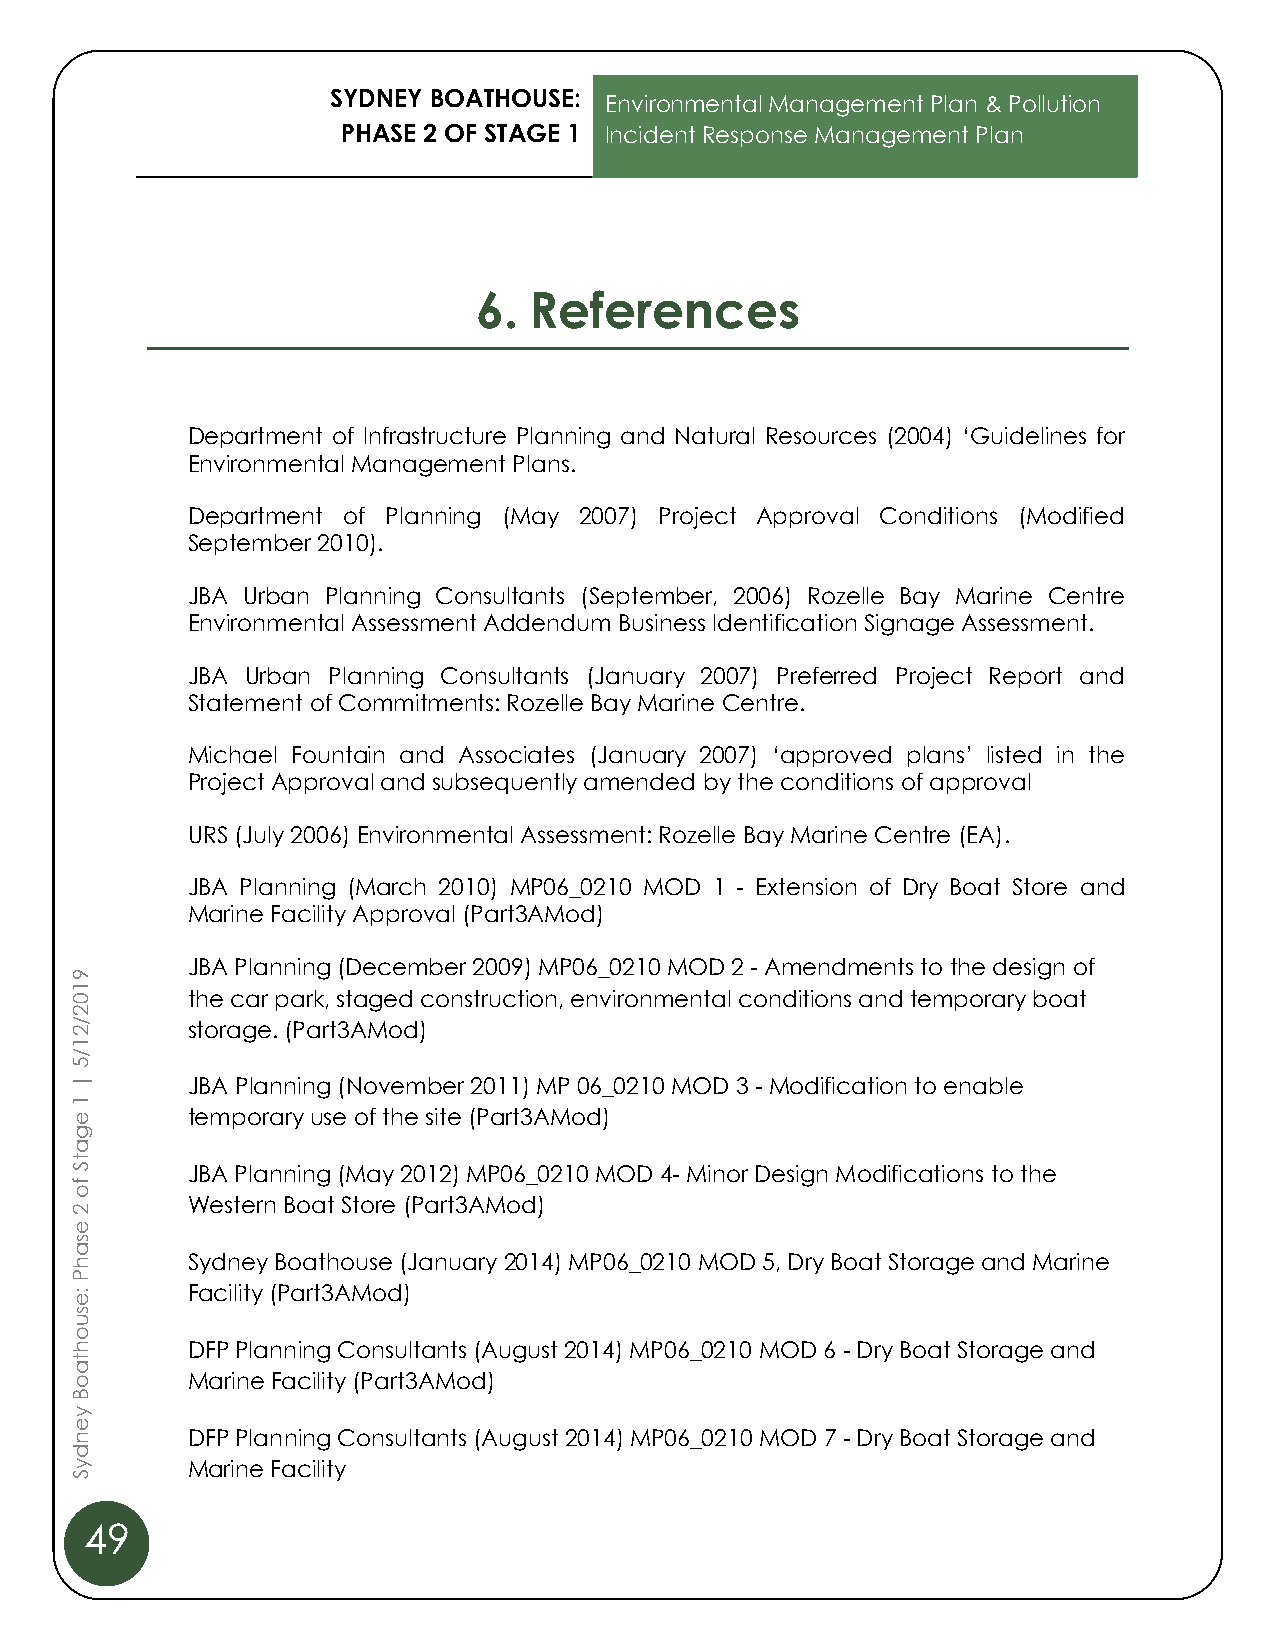
SYDNEY BOATHOUSE:
 Environmental Management Plan & Pollution
 PHASE 2 OF STAGE 1 Incident Response Management Plan
 6.  References
 Department of Infrastructure Planning and Natural Resources (2004) ‘Guidelines for
 Environmental Management Plans.
 Department of Planning (May 2007) Project Approval Conditions (Modified
 September 2010).
 JBA Urban Planning Consultants (September, 2006) Rozelle Bay Marine Centre
 Environmental Assessment Addendum Business Identification Signage Assessment.
 JBA Urban Planning Consultants (January 2007) Preferred Project Report and
 Statement of Commitments: Rozelle Bay Marine Centre.
 Michael Fountain and Associates (January 2007) ‘approved plans’ listed in the
 Project Approval and subsequently amended by the conditions of approval
 URS (July 2006) Environmental Assessment: Rozelle Bay Marine Centre (EA).
 JBA Planning (March 2010) MP06_0210 MOD 1 - Extension of Dry Boat Store and
 Marine Facility Approval (Part3AMod)
 9
 JBA Planning (December 2009) MP06_0210 MOD 2 - Amendments to the design of
 1
 0      the car park, staged construction, environmental conditions and temporary boat
 2
 2/     storage. (Part3AMod)
 1
 /
 5
 |      JBA Planning (November 2011) MP 06_0210 MOD 3 - Modification to enable
 1
 e      temporary use of the site (Part3AMod)
 g
 a
 t
 S      JBA Planning (May 2012) MP06_0210 MOD 4- Minor Design Modifications to the
 f
 o
 2
 Western Boat Store (Part3AMod)
 e
 s
 a
 h      Sydney Boathouse (January 2014) MP06_0210 MOD 5, Dry Boat Storage and Marine
 P
 :e     Facility (Part3AMod)
 s
 u
 o
 h      DFP Planning Consultants (August 2014) MP06_0210 MOD 6 - Dry Boat Storage and
 t
 a
 o      Marine Facility (Part3AMod)
 B
 y
 e
 n      DFP Planning Consultants (August 2014) MP06_0210 MOD 7 - Dry Boat Storage and
 d
 y      Marine Facility
 S
 49